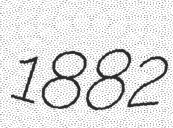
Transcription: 1882